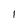
Character: 1